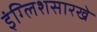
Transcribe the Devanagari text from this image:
इंग्लिशसारखे